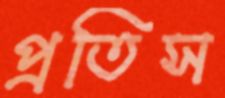
প্রতিস